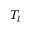
T _ { l }